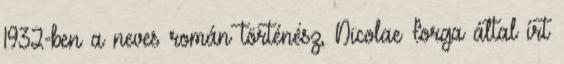
1932-ben a neves román történész, Nicolae Iorga által írt